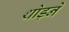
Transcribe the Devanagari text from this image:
थोड़ने